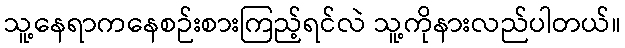
သူ့နေရာကနေစဉ်းစားကြည့်ရင်လဲ သူ့ကိုနားလည်ပါတယ်။